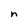
Character: n